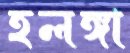
হলঙ্গা